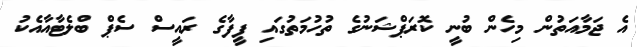
އެ ޖަމާއަތުން މިހެން ބުނީ ކޮރަޕްޝަނުގެ ތުހުމަތުގައި ފީފާގެ ރައީސް ސެޕް ބްލެޓާއާއެކު